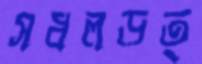
সধলড়ত্